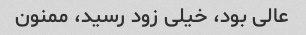
عالی بود، خیلی زود رسید، ممنون